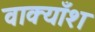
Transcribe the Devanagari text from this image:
वाक्याँश